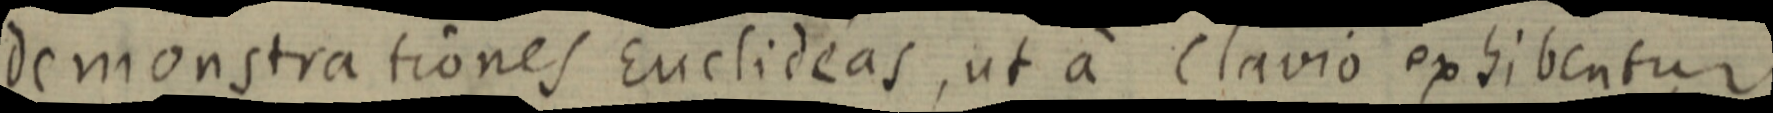
demonstrationes Euclideas, ut a clavio exhibentur